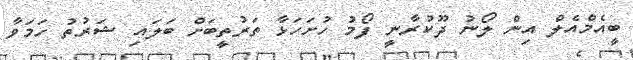
ބީއެމްއެލް އިން ލޯނު ދޫކުރާނީ ފޯމު ހުށަހަޅާ ތަރުތީބަށް ބަލައި ޝަރުތު ހަމަވާ